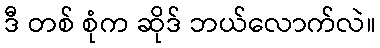
ဒီ တစ် စုံက ဆိုဒ် ဘယ်လောက်လဲ။